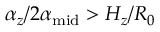
\alpha _ { z } / 2 \alpha _ { \mathrm { m i d } } > H _ { z } / R _ { 0 }